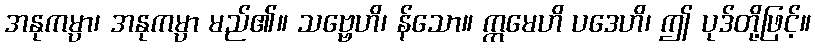
အနုကမ္ပာ၊ အနုကမ္ပာ မည်၏။ သဗ္ဗေဟိ၊ န်သော။ ဣမေဟိ ပဒေဟိ၊ ဤ ပုဒ်တို့ဖြင့်။